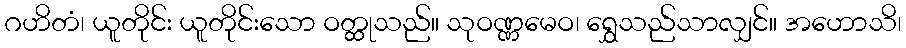
ဂဟိတံ၊ ယူတိုင်း ယူတိုင်းသော ဝတ္ထုသည်။ သုဝဏ္ဏမေဝ၊ ရွှေသည်သာလျှင်။ အဟောသိ၊